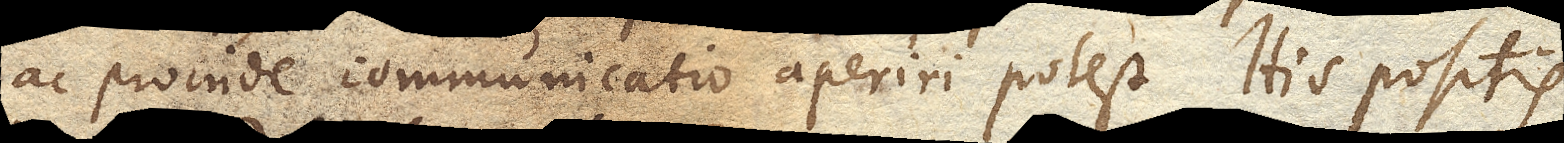
ac proinde communicatio aperiri potest. His positis